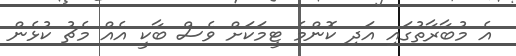
އެ މުބާރާތުގައި އަދި ކޮންމެ ޓީމަކަށް ވެސް ބާކީ އެއް މެޗު ކުޅެން